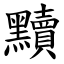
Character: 黷